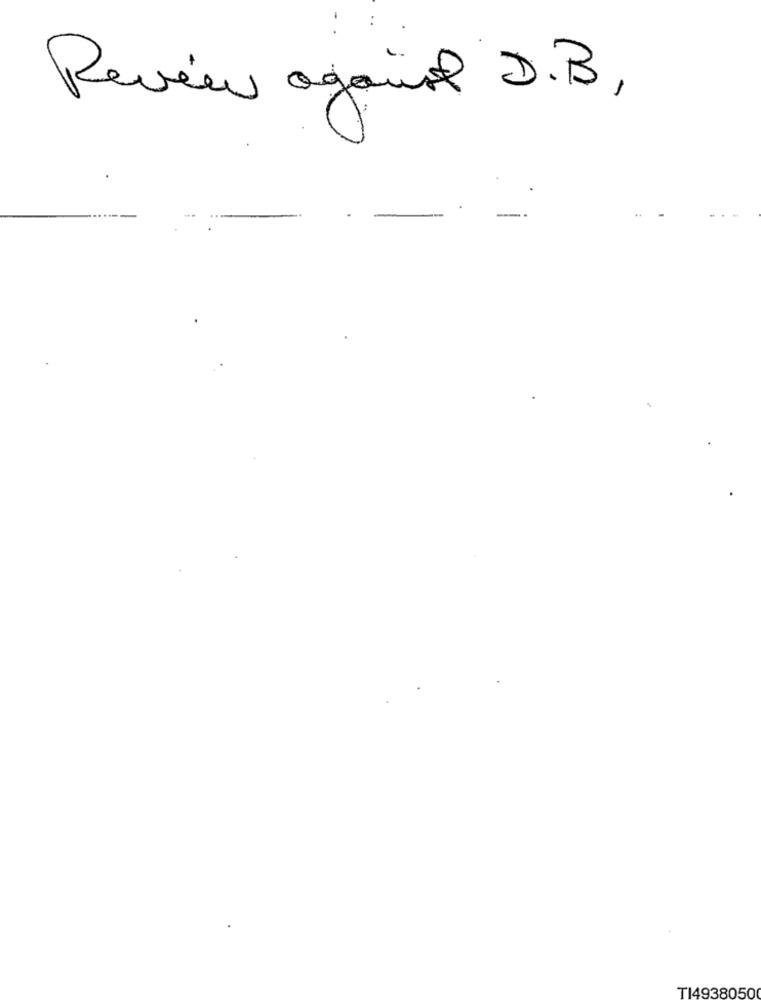
Review against D.B,
TI4938050